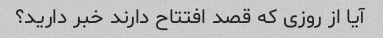
آیا از روزی که قصد افتتاح دارند خبر دارید؟